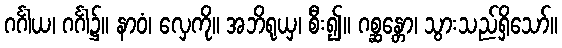
ဂင်္ဂါယ၊ ဂင်္ဂါ၌။ နာဝံ၊ လှေကို။ အဘိရုယှ၊ စီး၍။ ဂစ္ဆန္တော၊ သွားသည်ရှိသော်။